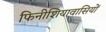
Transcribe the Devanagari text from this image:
फिनीशियावासियों